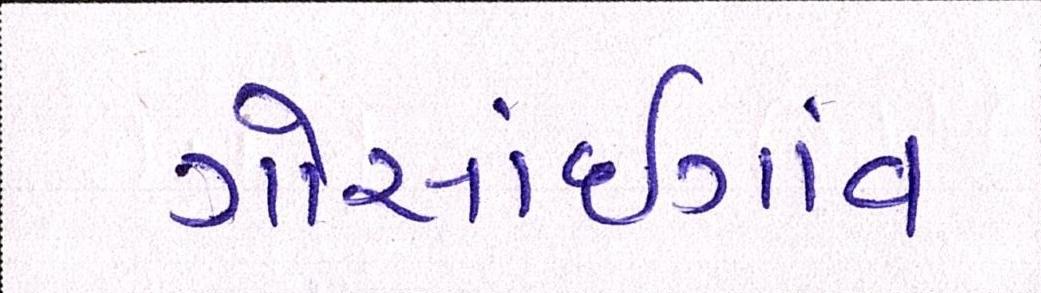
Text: ગોસાંઇગાંવ